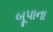
બૂપાના